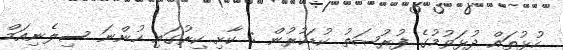
ހުޅުތައް ދުޅަވުމުގެ ފުރުޞަތު ކުޑަކުރުން : ކާށި ކިރުގައި ހުންނަ ސިލެނިއަމް